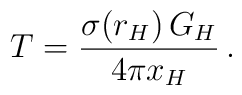
T=  \frac{\sigma (r_H)\,G_H}{4\pi x_H}\,.